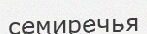
семиречья